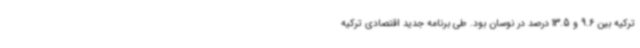
ترکیه بین 9.6 و 13.5 درصد در نوسان بود. طی برنامه جدید اقتصادی ترکیه